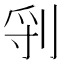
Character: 𠜖